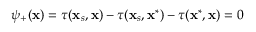
\psi _ { + } ( \mathbf { x } ) = \tau ( \mathbf { x } _ { s } , \mathbf { x } ) - \tau ( \mathbf { x } _ { s } , \mathbf { x } ^ { * } ) - \tau ( \mathbf { x } ^ { * } , \mathbf { x } ) = 0